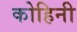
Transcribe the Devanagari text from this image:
कोहिनी